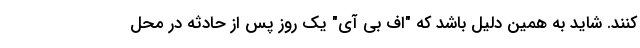
کنند. شاید به همین دلیل باشد که "اف بی آی" یک روز پس از حادثه در محل